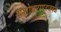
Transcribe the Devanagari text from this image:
यशोधरापूरजवळ